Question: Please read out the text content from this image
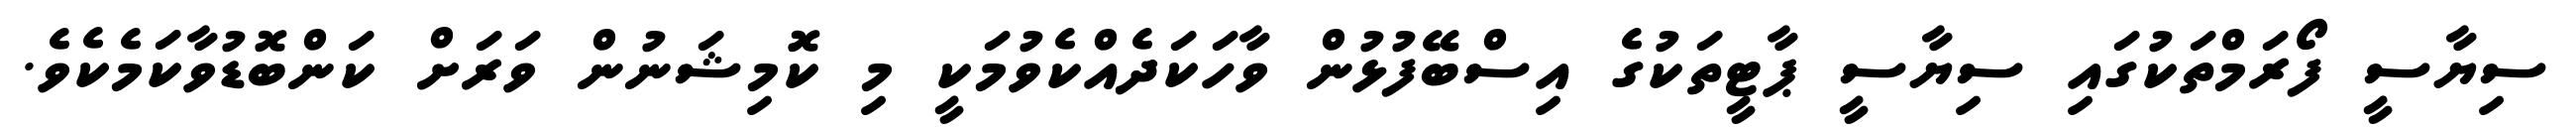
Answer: ސިޔާސީ ފޯރަމްތަކުގައި ސިޔާސީ ޕާޓީތަކުގެ އިސްބޭފުޅުން ވާހަކަދެއްކެވުމަކީ މި ކޮމިޝަނުން ވަރަށް ކަންބޮޑުވާކަމެކެވެ.